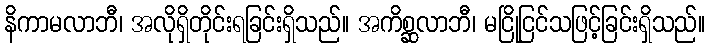
နိကာမလာဘီ၊ အလိုရှိတိုင်းရခြင်းရှိသည်။ အကိစ္ဆလာဘီ၊ မငြိုငြင်သဖြင့်ခြင်းရှိသည်။